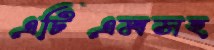
এটিএমসহ